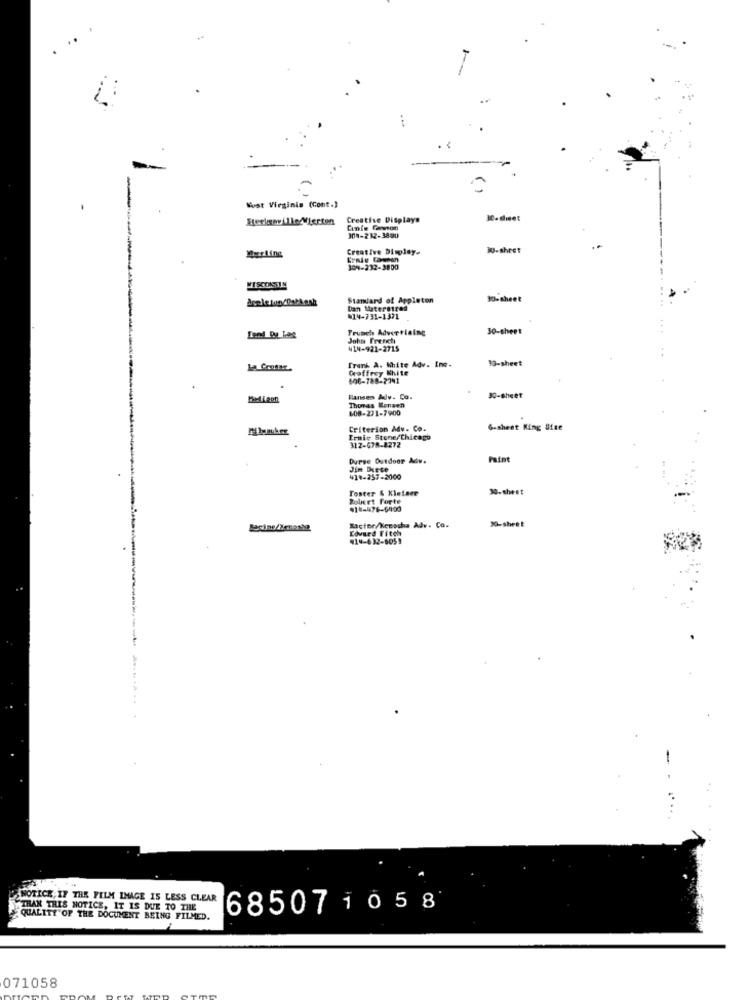
West Virginia (Cont.)
Steckenville Wierten
Creative Displays
30- sheet
Cinte Gewoon
308-232-3890
Merling
Creative Display.
WU-sheet
304-232-3800
WISCONSIN
Standard of Appleton
10-sheet
Dan Muteretres
014-731-1371
Trumch Advertising
30-sheet
John Freneti
414-921-2715
Trunk A. White Adv. Ine-
10-sheet
Geoffrey White
600-788-2241
30-sheet
Hansen Alv. Co.
Thomas Mensen
608-221-7900
Criterion Adv. Co.
G-sheet King Size
Ernie Stone/Chicago
312-678-8272
Durse Outdoor Adv.
Jim Diese
41 .- 257-2000
Foster & Kletser
30-sheet
Robert Forte
$15-476-6400
30-sheet
Racine/Senaste
Sacfor/Kenosha Adv. Co.
Edvard Fitch
414-632-6059
NOTICE, IF THE FILM IMAGE IS LESS CLEAR
THAN THIS NOTICE, IT IS DUE TO THE
685071058
QUALITY OF THE DOCUMENT BEING FILMED.
071058